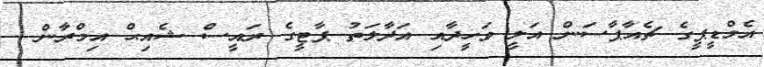
އެމްޑީޕީގެ ޗެއާޕާސަން އަލީ ވަހީދާއި އަދާލަތު ޕާޓީގެ ރައީސް ޝެއިޙް އިމްރާން -